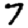
Digit: 7